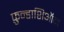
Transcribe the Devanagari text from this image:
फ़ुन्डाशिऑन